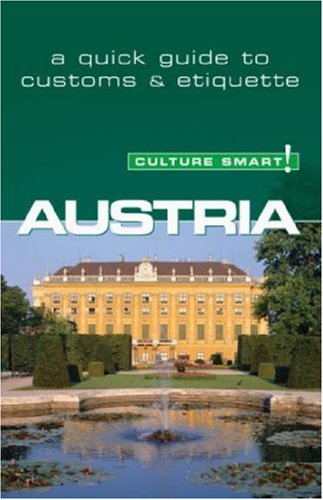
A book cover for Austria - Culture Smart!: a quick guide to customs & etiquette; Peter Gieler; Travel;